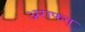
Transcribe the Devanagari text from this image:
अराफत्